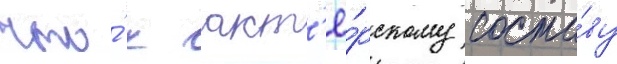
что́ к акт'ё́рскому соста́ву